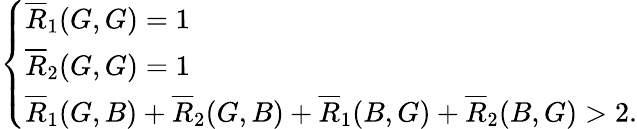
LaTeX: \left\{ \begin{array}{ll}{\overline{{R}}_{1}(G,G)=1}\\ {\overline{{R}}_{2}(G,G)=1}\\ {\overline{{R}}_{1}(G,B)+\overline{{R}}_{2}(G,B)+\overline{{R}}_{1}(B,G)+\overline{{R}}_{2}(B,G)>2.}\end{array}\right.